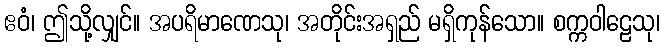
ဧဝံ၊ ဤသို့လျှင်။ အပရိမာဏေသု၊ အတိုင်းအရှည် မရှိကုန်သော။ စက္ကဝါဠေသု၊